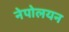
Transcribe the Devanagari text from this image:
नेपोलयन